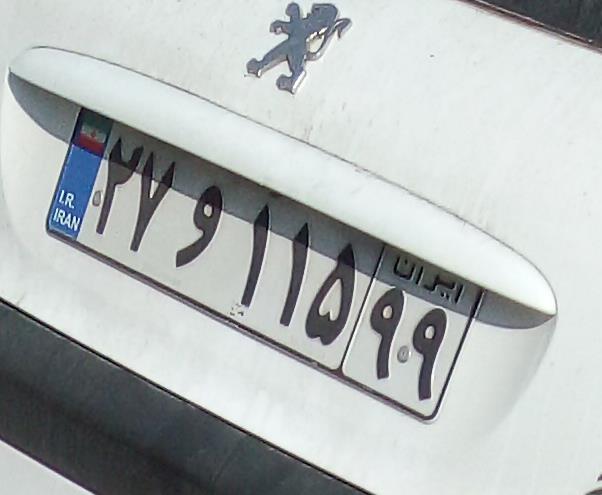
۲۷و۱۱۵۹۹